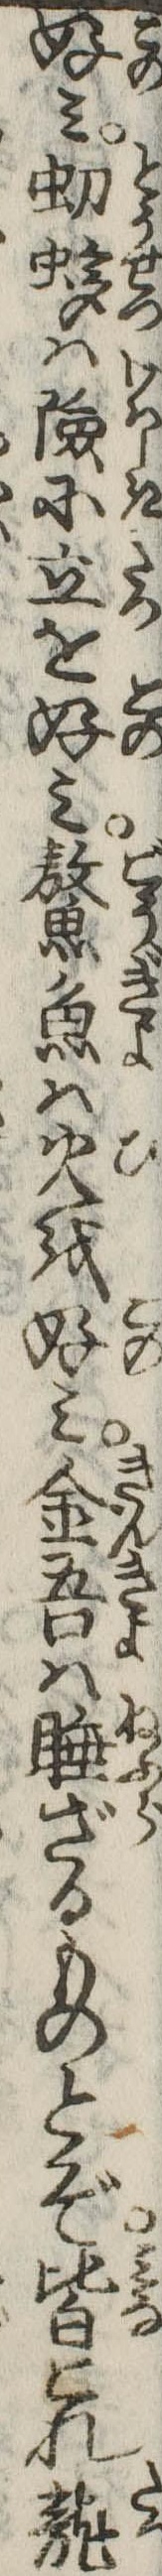
好み蛥は険に立を好み鰲魚は火を好み金吾は睡ざるものとぞ皆これ竜